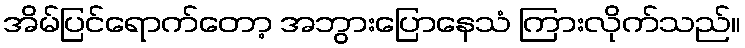
အိမ်ပြင်ရောက်တော့ အဘွားပြောနေသံ ကြားလိုက်သည်။